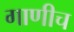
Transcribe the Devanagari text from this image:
गाणीच